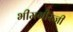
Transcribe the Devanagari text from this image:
भीमगीरजी